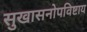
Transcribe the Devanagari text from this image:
सुखासनोपविष्टाय